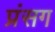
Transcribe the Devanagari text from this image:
प्रंसग